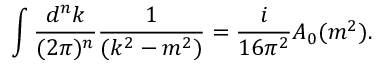
\int \frac { d ^ { n } k } { ( 2 \pi ) ^ { n } } \frac { 1 } { ( k ^ { 2 } - m ^ { 2 } ) } = \frac { i } { 1 6 \pi ^ { 2 } } A _ { 0 } ( m ^ { 2 } ) .